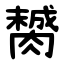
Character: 膥